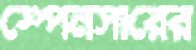
স্পেনসারের